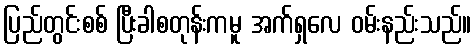
ပြည်တွင်းစစ် ပြီးခါစတုန်းကမူ အက်ရှလေ ဝမ်းနည်းသည်။